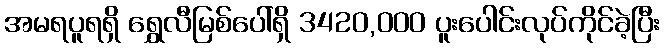
အမရပူရရှိ ရွှေလီမြစ်ပေါ်ရှိ 3420,000 ပူးပေါင်းလုပ်ကိုင်ခဲ့ပြီး